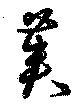
莢